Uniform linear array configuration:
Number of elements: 48
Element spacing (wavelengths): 0.75
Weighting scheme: binomial
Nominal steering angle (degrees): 15
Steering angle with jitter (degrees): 13.71
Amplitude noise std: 0.05
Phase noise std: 0.05

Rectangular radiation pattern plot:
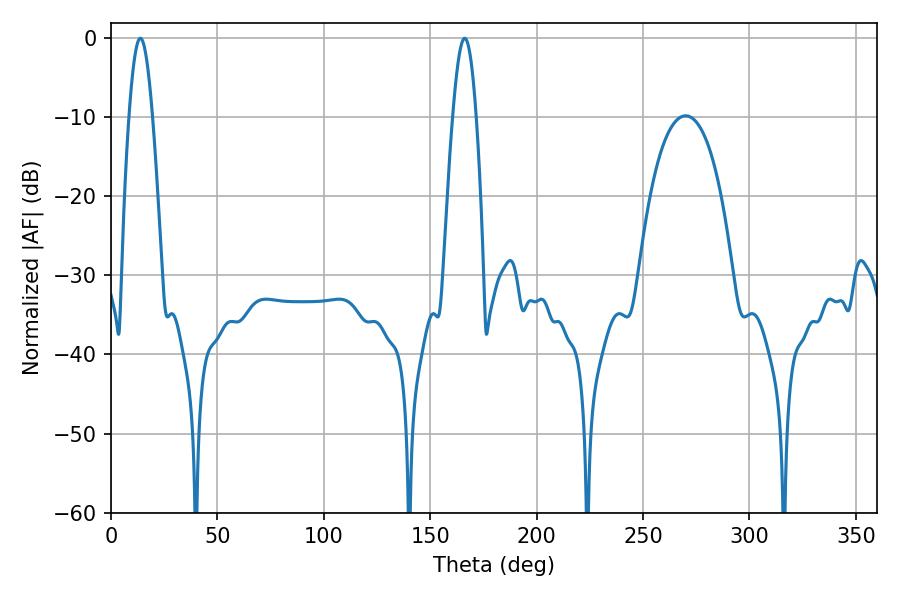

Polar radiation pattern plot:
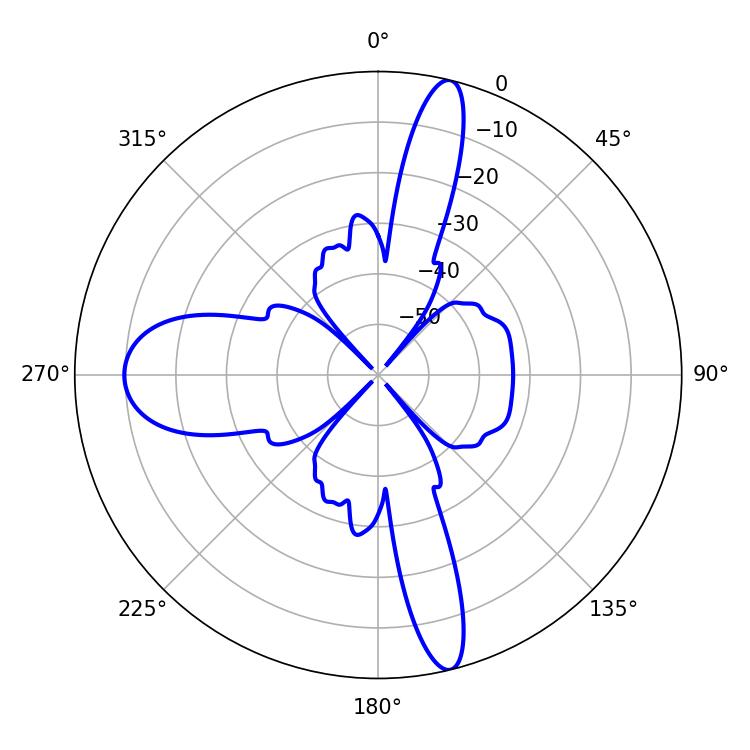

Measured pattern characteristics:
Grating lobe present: TRUE
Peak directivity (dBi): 20.279
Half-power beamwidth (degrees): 5.94
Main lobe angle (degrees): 13.86